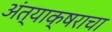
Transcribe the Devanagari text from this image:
अंत्याक्षराचा